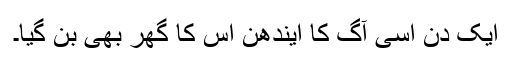
ایک دن اسی آگ کا ایندھن اس کا گھر بھی بن گیا۔